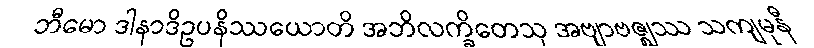
ဘီမော ဒါနာဒိဥပနိဿယောတိ အဘိလက္ခိတေသု အဗျာဗဇ္ဈဿ သကျမုနီ